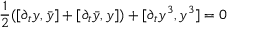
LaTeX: { \frac { 1 } { 2 } } ( [ \partial _ { t } y , \bar { y } ] + [ \partial _ { t } \bar { y } , y ] ) + [ \partial _ { t } y ^ { 3 } , y ^ { 3 } ] = 0